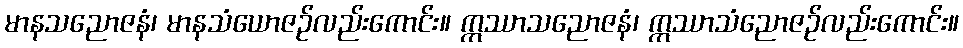
မာနသညောဇနံ၊ မာနသံယောဇဉ်လည်းကောင်း။ ဣဿာသညောဇနံ၊ ဣဿာသံညောဇဉ်လည်းကောင်း။